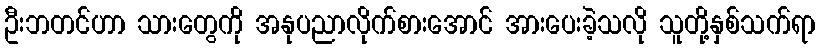
ဦးဘတင်ဟာ သားတွေကို အနုပညာလိုက်စားအောင် အားပေးခဲ့သလို သူတို့နှစ်သက်ရာ